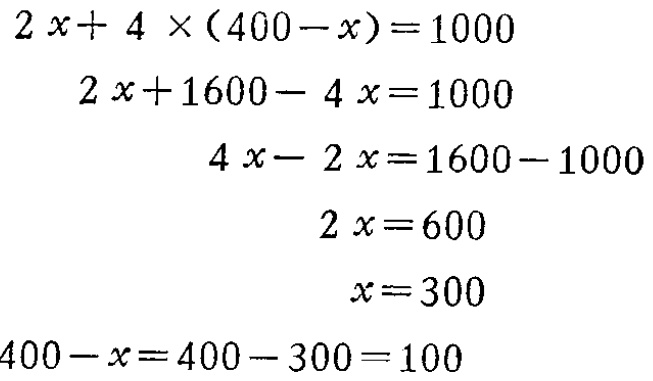
\[

\begin{align*}

2x + 4\times(400 - x) &= 1000\\

2x + 1600 - 4x &= 1000\\

4x - 2x &= 1600 - 1000\\

2x &= 600\\

x &= 300\\

400 - x &= 400 - 300 = 100

\end{align*}

\]